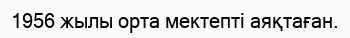
1956 жылы орта мектепті аяқтаған.